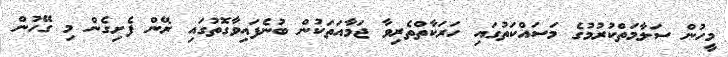
މީހުން ސަލާމަތްކުރުމުގެ މަސައްކަތުގައި ހަރަކާތްތެރިވާ ޖަމާއަތަކުން ބުނެފައިވާގޮތުގައި ރޭން ފެށިގެން މި ގޭހުން